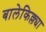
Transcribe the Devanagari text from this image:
बालेकिल्ल्या